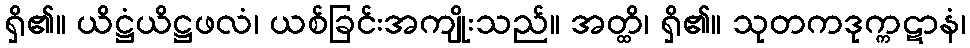
ရှိ၏။ ယိဋ္ဌံယိဋ္ဌဖလံ၊ ယစ်ခြင်းအကျိုးသည်။ အတ္ထိ၊ ရှိ၏။ သုတကဒုက္ကဋာနံ၊